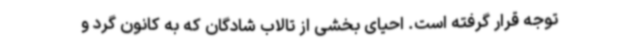
توجه قرار گرفته است. احیای بخشی از تالاب شادگان که به کانون گرد و